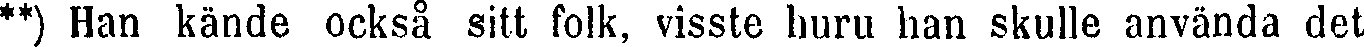
**) Han kände också sitt folk, visste huru han skulle använda det